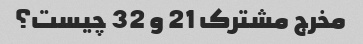
مخرج مشترک 21 و 32 چیست؟